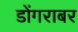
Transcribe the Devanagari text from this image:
डोंगराबर